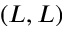
( L , L )